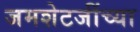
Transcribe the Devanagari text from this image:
जमशेटजींच्या